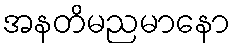
အနတိမညမာနော